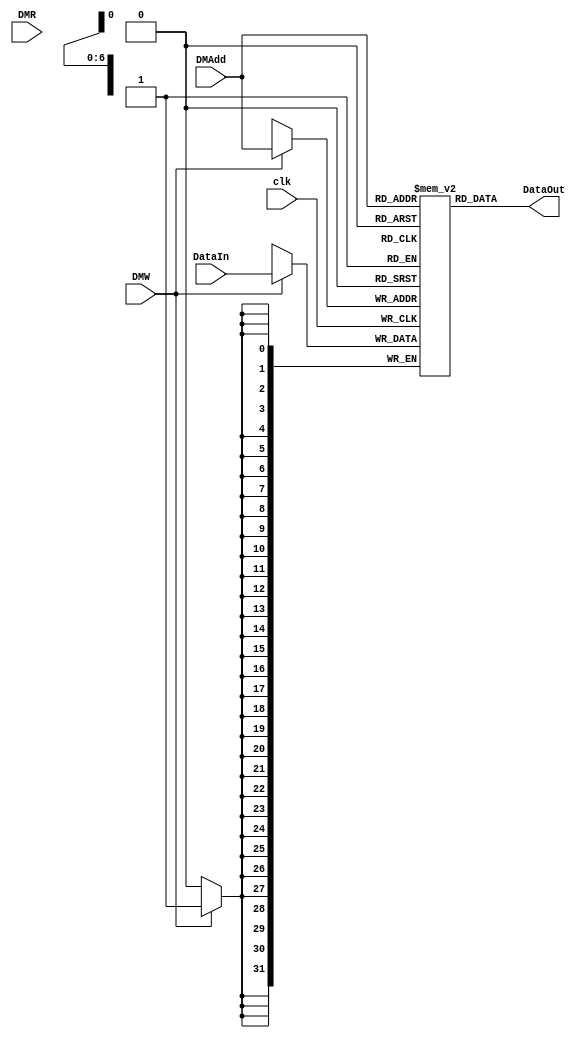
module datamemory(DMAdd,DataIn,DataOut,DMW,DMR,clk);
	input DMR;
	input DMW;
	input clk;
	input [31:0] DataIn;
	input [6:0] DMAdd;	
	output [31:0] DataOut;
	
	reg[31:0] data_mem[127:0];
	
	always@(posedge clk)
	begin
		if(DMW) //1
			begin
			data_mem[DMAdd] <= DataIn;
			end
	end
	
	assign DataOut = data_mem[DMAdd];
endmodule